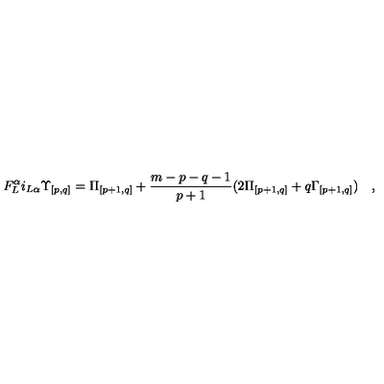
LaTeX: F _ { L } ^ { \alpha } i _ { L \alpha } { \Upsilon } _ { { [ p , q ] } } = { \Pi } _ { [ p + 1 , q ] } + { \frac { m - p - q - 1 } { p + 1 } } ( 2 { \Pi } _ { [ p + 1 , q ] } + q { \Gamma } _ { [ p + 1 , q ] } ) \quad ,